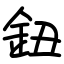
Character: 鈕